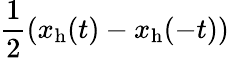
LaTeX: \frac{1}{2}(x_{\mathrm{h}}(t)-x_{\mathrm{h}}(-t))